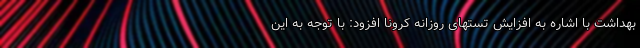
بهداشت با اشاره به افزایش تستهای روزانه کرونا افزود: با توجه به این